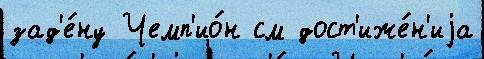
зад'е́ну Чемп'ио́н см дост'иже́н'иjа